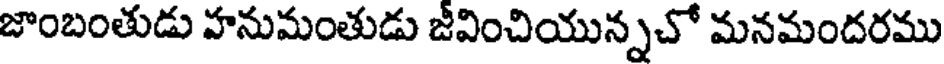
జాంబంతుడు హనుమంతుడు జీవించియున్నచో మనమందరము